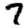
Digit: 7